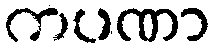
ကပဏာ